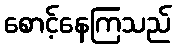
စောင့်နေကြသည်